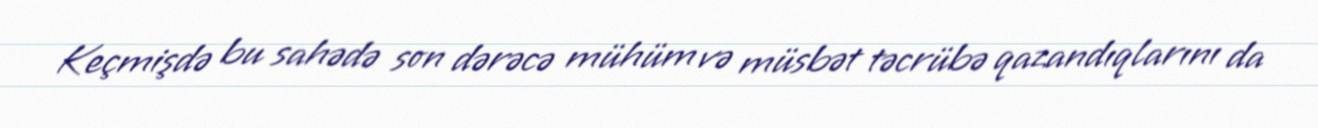
Keçmişdə bu sahədə son dərəcə mühüm və müsbət təcrübə qazandıqlarını da